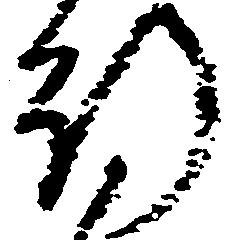
行